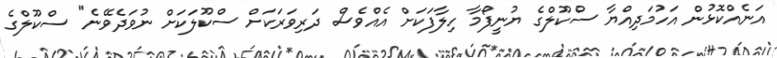
އަނެއްކޮޅުން އަހުމަދިއްޔާ ސްކޫލްގެ ޔުނީފޯމާ ހިލާފަކަށް އެއްވެސް ދަރިވަރަކަށް ސްކޫލަކަށް ނުވަދެވޭނެ" ސްކޫލްގެ